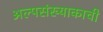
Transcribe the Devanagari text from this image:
अल्पसंख्याकाची